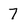
Character: 7